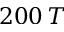
2 0 0 \, T